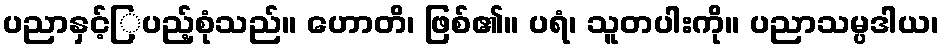
ပညာနှင့်ြ့ပည့်စုံသည်။ ဟောတိ၊ ဖြစ်၏။ ပရံ၊ သူတပါးကို။ ပညာသမ္ပဒါယ၊